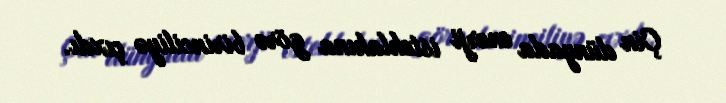
Çin dünyada enerji istehlakına görə birinciliyə çıxdı.